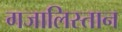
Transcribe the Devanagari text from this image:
गजालिस्तान